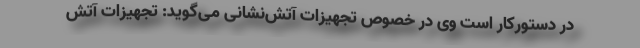
در دستورکار است وی در خصوص تجهیزات آتش‌نشانی می‌گوید: تجهیزات آتش